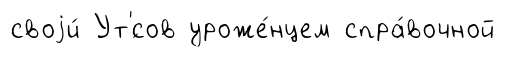
своjи́ Ут'́сов уроже́нцем спра́вочной